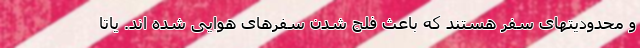
و محدودیتهای سفر هستند که باعث فلج شدن سفرهای هوایی شده اند. یاتا